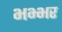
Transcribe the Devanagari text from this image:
भभ्भर